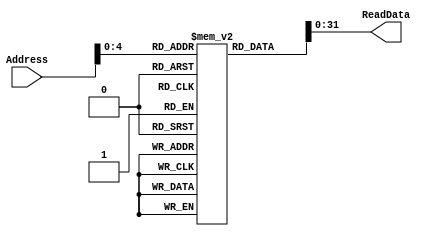
module InstructionMemory(
	input [5:0] Address,
	output reg [31:0] ReadData
	);

	reg[63:0] IM[31:0];
	
    initial begin
        // Code:         RI|| rs || rd ||fu||    RT/IMM   |
    	IM[0][31:0] =  32'b10000000000010001000000000010100;	// 0x00000014
    	IM[1][31:0] =  32'b10000000000100001000000000001111;	// 0x0000000F
    	IM[2][31:0] =  32'b10000000000110001000000000000100;	// 0x00000004
    	IM[3][31:0] =  32'b00000000000000000000000000000000;
    	IM[4][31:0] =  32'b00000100001000001000001000000000;    // 0x00000023
    	IM[5][31:0] =  32'b10000000001010010000000000010100;	// 0xFFFFFFEC
    	IM[6][31:0] =  32'b00000010001100010000001000000000;	// 0x00000000
    	IM[7][31:0] =  32'b10001010010000101010101010101010;    // 0x00002AA8
    	IM[8][31:0] =  32'b00000100000100101000001000000000;	// 0x00000004
    	IM[9][31:0] =  32'b00000000000000000000000000000000;
    	IM[10][31:0] = 32'b00001000010010111000000000000000;	// 0xFFFFFFDC
    	IM[11][31:0] = 32'b10000100010010110000000000000001;	// 0x00000005
    	IM[12][31:0] = 32'b10010010010011001000000000000010;	// 0x00000014
    	IM[13][31:0] = 32'b00010010000101011000000000000000;	// 0x00000014
    	IM[14][31:0] = 32'b00000000001100111000000000000000;	// 0xFFFFFFFF
    	IM[15][31:0] = 32'b10000000000010001000000000000010;	// 0x00000002
    	IM[16][31:0] = 32'b10000010000011001000000000011110;	// 0x80000000
    	IM[17][31:0] = 32'b00000000000000000000000000000000;
    	IM[18][31:0] = 32'b00001100001110001000001000000000;	// 0x7FFFFFFF
    	IM[19][31:0] = 32'b00001100001100001000110000000000;	// 0xFFFFFFFE
    	IM[20][31:0] = 32'b00000000000000000000000000000000;
    	IM[21][31:0] = 32'b00001000001000110000101000000000;	// 0xFFFFFFEF
    	IM[22][31:0] = 32'b00010000001001000000010000000000;	// 0x00002ABC
    	IM[23][31:0] = 32'b10001000001001000010101010101010;	// 0x00000016
    	IM[24][31:0] = 32'b10000000010101011000000000000110;	// 0x00000006
    	IM[25][31:0] = 32'b10000000000101011000000000000100;	// 0x00000004
    	IM[26][31:0] = 32'b00000100010101001000000000000000;	// 0x00000060
    end

    always @(*)
    begin
    	ReadData = IM[Address];
    end

endmodule